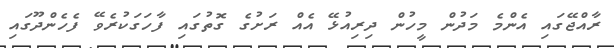
ރާއްޖޭގައި އެންމެ މަދުން މީހުން ދިރިއުޅޭ އެއް ރަށުގެ ގޮތުގައި ފާހަގަކުރެވޭ ފެހެންދޫގައި